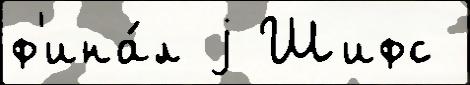
ф'ина́л j Шифс